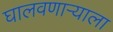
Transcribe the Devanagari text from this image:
घालवणाऱ्याला